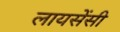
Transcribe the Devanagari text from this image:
लायसेंसी